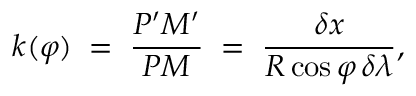
\quad k ( \varphi ) \; = \; { \frac { P ^ { \prime } M ^ { \prime } } { P M } } \; = \; { \frac { \delta x } { R \cos \varphi \, \delta \lambda } } ,